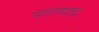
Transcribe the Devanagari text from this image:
पगारवाढ